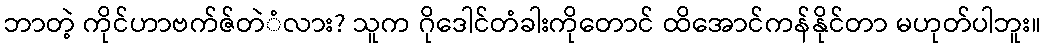
ဘာတဲ့ ကိုင်ဟာဗက်ဇ်တဲံလား? သူက ဂိုဒေါင်တံခါးကိုတောင် ထိအောင်ကန်နိုင်တာ မဟုတ်ပါဘူး။